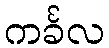
ကင်္ခလ